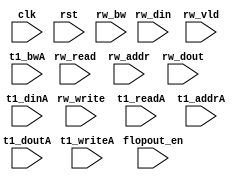
module algo_1rw_b703_sva_wrap
#(parameter IP_WIDTH = 32, parameter IP_BITWIDTH = 5, parameter IP_DECCBITS = 7, parameter IP_NUMADDR = 8192, parameter IP_BITADDR = 13, 
parameter IP_NUMVBNK = 4,	parameter IP_BITVBNK = 2, parameter IP_BITPBNK = 3,
parameter IP_ENAECC = 0, parameter IP_ENAPAR = 0, parameter IP_SECCBITS = 4, parameter IP_SECCDWIDTH = 3, 
parameter FLOPECC = 0, parameter FLOPIN = 0, parameter FLOPOUT = 0, parameter FLOPCMD = 0, parameter FLOPMEM = 0,

parameter T1_WIDTH = 64, parameter T1_NUMVBNK = 1, parameter T1_BITVBNK = 1, parameter T1_DELAY = 1,
parameter T1_BITWSPF = 0, parameter T1_NUMWRDS = 1, parameter T1_BITWRDS = 1,  parameter T1_NUMSROW = 4096, parameter T1_BITSROW = 12, parameter T1_PHYWDTH = 128,
parameter T1_NUMVROW = 8192, parameter T1_BITVROW = 13
)

(clk, rst, rw_read, rw_write, rw_addr, rw_bw, rw_din, rw_dout, rw_vld, flopout_en,
 t1_readA, t1_writeA, t1_addrA, t1_dinA, t1_bwA, t1_doutA);

  parameter WIDTH = IP_WIDTH;
  parameter BITWDTH = IP_BITWIDTH;
  parameter ENAPAR = IP_ENAPAR;
  parameter ENAECC = IP_ENAECC;
  parameter ECCWDTH = IP_DECCBITS;
  parameter NUMRDPT = 1;
  parameter NUMADDR = IP_NUMADDR;
  parameter BITADDR = IP_BITADDR;
  parameter NUMVROW = T1_NUMVROW;
  parameter BITVROW = T1_BITVROW;
  parameter NUMVBNK = IP_NUMVBNK;
  parameter BITVBNK = IP_BITVBNK;
  parameter SRAM_DELAY = T1_DELAY;
  parameter NUMWRDS = T1_NUMWRDS;      // ALIGN Parameters
  parameter BITWRDS = T1_BITWRDS;
  parameter NUMSROW = T1_NUMSROW;
  parameter BITSROW = T1_BITSROW;      
  parameter PHYWDTH = T1_PHYWDTH;
  parameter BITPADR = BITVBNK+BITSROW+BITWRDS+1;
  parameter FLOPWTH = FLOPOUT>0?FLOPOUT:1;

  input                                            rw_write;
  input                                            rw_read;
  input [BITADDR-1:0]                              rw_addr;
  input [WIDTH-1:0]                                rw_bw;
  input [WIDTH-1:0]                                rw_din;

  input                                           rw_vld;
  input [WIDTH-1:0]                               rw_dout;

  input                                            clk, rst;
  
  input [FLOPWTH-1:0]                             flopout_en;

  input [NUMRDPT*NUMVBNK-1:0]                     t1_writeA;
  input [NUMRDPT*NUMVBNK*BITSROW-1:0]   		   t1_addrA;
  input [NUMRDPT*NUMVBNK*PHYWDTH-1:0]             t1_dinA;
  input [NUMRDPT*NUMVBNK*PHYWDTH-1:0]             t1_bwA;

  input [NUMRDPT*NUMVBNK-1:0]                     t1_readA;
  input  [NUMRDPT*NUMVBNK*PHYWDTH-1:0]             t1_doutA;


 
endmodule    //algo_1r1w_b10_sva_wrap